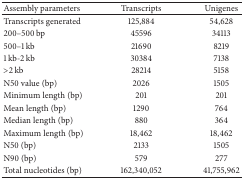
| Assembly parameters | Transcripts | Unigenes |
 | --- | --- | --- |
 | Transcripts generated | 125,884 | 54,628 |
 | 200–500 bp | 45596 | 34113 |
 | 500–1 kb | 21690 | 8219 |
 | 1 kb-2 kb | 30384 | 7138 |
 | >2 kb | 28214 | 5158 |
 | N50 value (bp) | 2026 | 1505 |
 | Minimum length (bp) | 201 | 201 |
 | Mean length (bp) | 1290 | 764 |
 | Median length (bp) | 880 | 364 |
 | Maximum length (bp) | 18,462 | 18,462 |
 | N50 (bp) | 2133 | 1505 |
 | N90 (bp) | 579 | 277 |
 | Total nucleotides (bp) | 162,340,052 | 41,755,962 |